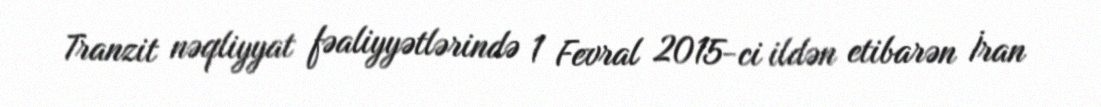
Tranzit nəqliyyat fəaliyyətlərində 1 Fevral 2015-ci ildən etibarən İran